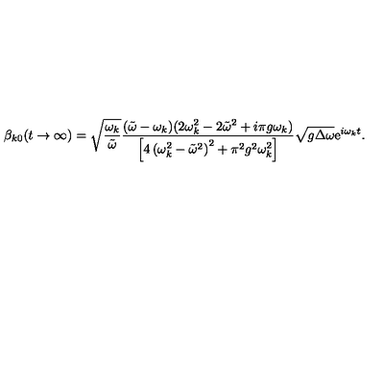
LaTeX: \beta _ { k 0 } ( t \to \infty ) = \sqrt { \frac { \omega _ { k } } { \tilde { \omega } } } \frac { ( \tilde { \omega } - \omega _ { k } ) ( 2 \omega _ { k } ^ { 2 } - 2 \tilde { \omega } ^ { 2 } + i \pi g \omega _ { k } ) } { \left[ 4 \left( \omega _ { k } ^ { 2 } - \tilde { \omega } ^ { 2 } \right) ^ { 2 } + \pi ^ { 2 } g ^ { 2 } \omega _ { k } ^ { 2 } \right] } \sqrt { g \Delta \omega } \mathrm { e } ^ { i \omega _ { k } t } .